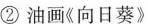
②油画《向日葵》